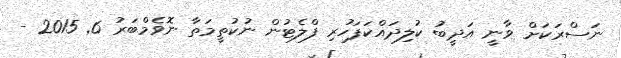
ނަސްރަކަށް ވާނީ އަދީބު ކުލިދައްކަަފަހުރި ފްލެޓުން ނުކުތީމަތާ ނޮވެމްބަރު 6